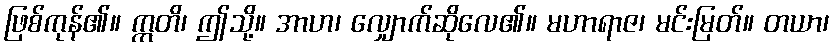
ဖြစ်ကုန်၏။ ဣတိ၊ ဤသို့။ အာဟ၊ လျှောက်ဆိုလေ၏။ မဟာရာဇ၊ မင်းမြတ်။ တယာ၊